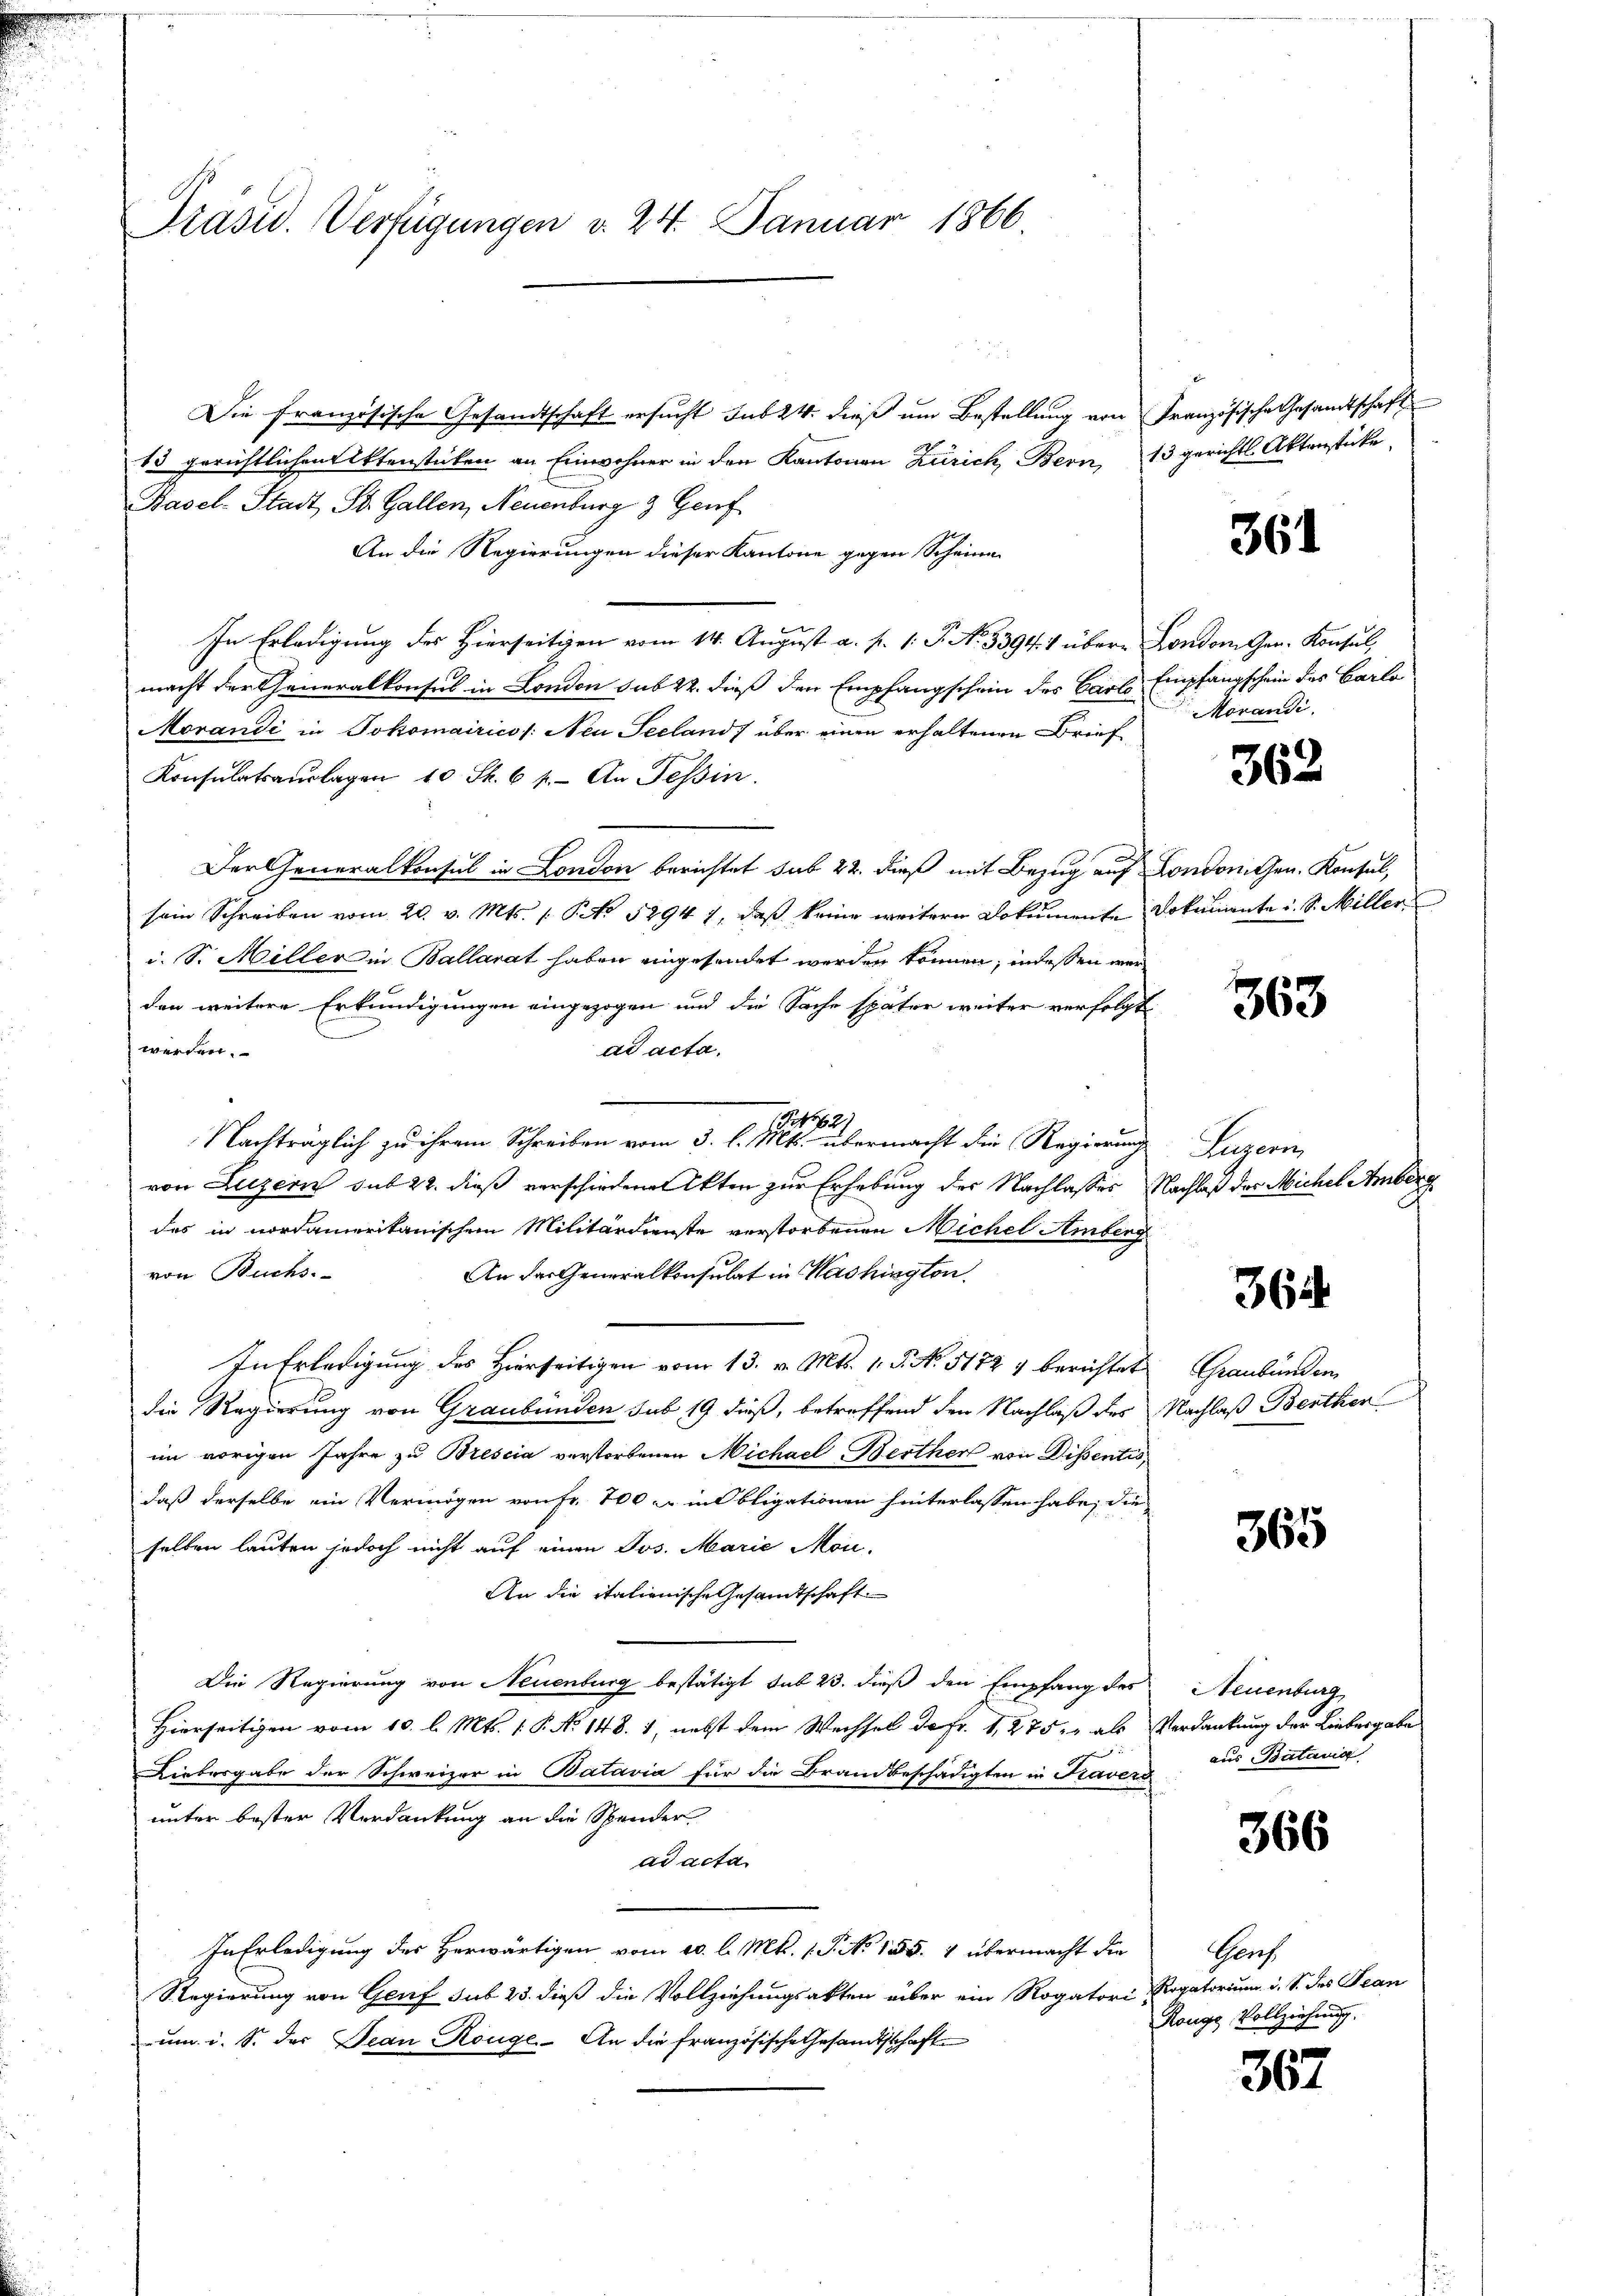
Präsid. Verfügungen d. 24. Januar 1866.

Die französische Gesandtschaft ersucht sub 24. dieß um Bestellung von Französische Gesandtschaft
13 gerichtlichen Aktenstücken an Einwohner in den Kantonen Zürich, Bern, 13 gerichts Aktenstücke
Basel-Stadt St. Gallen, Neuenburg 3 Genf
An die Regierungen dieser Kantone gegen Scheine
In Erledigung des Hierseitigen vom 14. August a. p. 1. P. No. 3394. 1 über London Gen. Konsul,
macht der Generalkonsul in London sub 22. dieß den Empfangschein des Carl Empfangschein des Carlo
Morandi in Jokomairico /: Neu Seeland) über einen erhaltenen Brief
Konsulatsaŭslagen 10 S. 61. An Tessin.
Der Generalkonsul in London berichtet sub 22. dieß mit Bezug auf Londoniten. Konsul,
sein Schreiben vom 20. v. Mts. 1. No 52947, daß keine weitern Dokumente Dokumente i. S. Miller
i. S. Miller in Ballarat haben eingesendet werden können, indessen werden weitere Erkundigungen eingezogen und die Sache später weiter verfolgt
werden.
ad acta.
Sih
Nachträglich zu ihrem Schreiben vom 3. l. Mts. übermacht die Regierung
von Luzern sub 22. dieß verschiedenen Akten zur Erhebung des Nachlasses Nachlaß der Michel Amberg
das in nordamerikanischem Militärdienste verstorbenen Michel Amberg
von Buchs.
An der Generalkonsulat in Washington.
In Erledigung des Hierseitigen vom 13. v. Mts. 1. P. No. 5172 & berichtet Graubünden
die Regierung von Graubünden sub 19 dieß, betreffend den Nachlaß des Nachlaß Benther
im vorigen Jahre zu Brescia verstorbenen Michael Berther von Dissentis
daß derselbe ein Vermögen von Fr. 700 er in Obligationen hinterlassen habe, die
selben lauten jedoch nicht auf einen Jos. Marie Mon-
An die italienische Gesamtschaft.
Die Regierung von Neuenburg bestätigt sub 23. dieß den Empfang des Neuenburg
Hierseitigen vom 10. l. Mts. 1. P. No 148. 1, nebst dem Wechsel da Fr. 1, 275, als Verdankung der Liebergabe
Liebergabe der Schweizer in Batavia für die Brandbeschädigten in Kavers
unter bester Verdankung an die Spender
ad acta
In Erledigung des Herwärtigen vom 20. l. Mts. 1. P. No 155. 4 übermacht die
Regierung von Genf sub 23. dieß die Vollziehungsakten über ein Rogatori Rogatorium d. S. des Tean
um i. S. der Jean Rouge. An die französische Gesandtschaft

361

Morandi

362

s
363

Legen

364

365

aus Batania

366

Gruf
Röngg, Vollziehung.

367